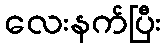
လေးနက်ပြီး